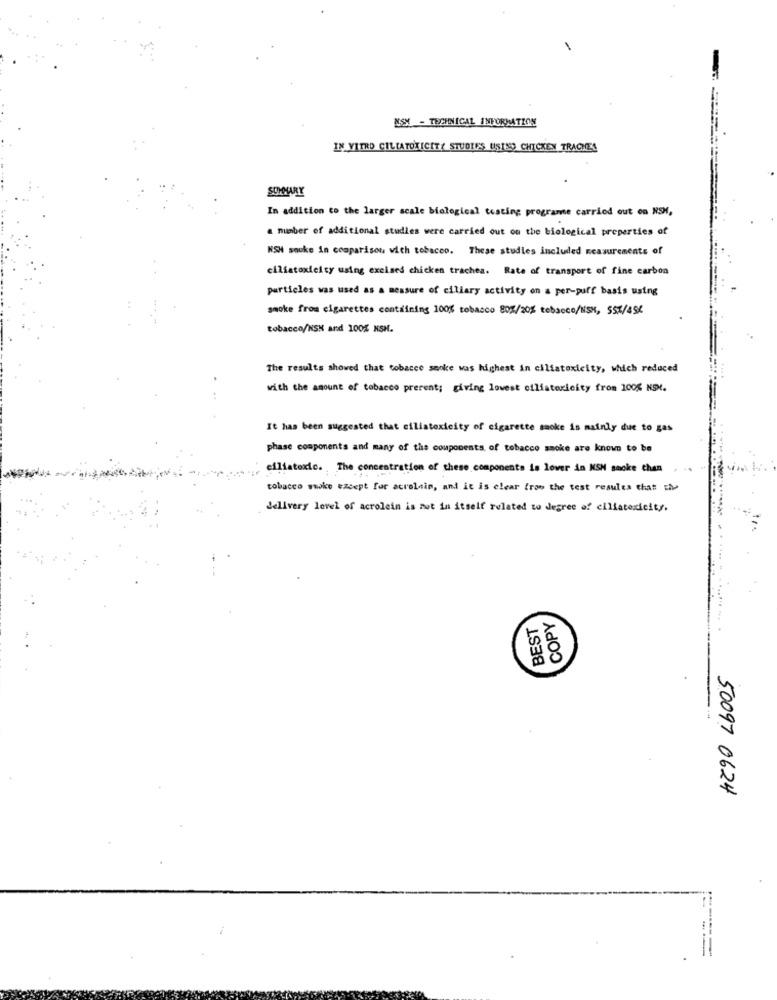
NSX - TECHNICAL INFORMATION
IN VITRO CILIATOXICITY STUDIES USINO CHICKEN TRACHE!
SUMMARY
In addition to the larger scale biological testing programe carried out on NSX,
a number of additional studies were carried out on the biological properties of
NSH souke in comparison with tobacco. These studies included measurements of
ciliatoxicity using excines chicken trachea. Rate of transport of fine carbon
particles was used as a measure of ciliary activity on a per-puff basis using
smoke from cigarettes containing 100% tobacco 802/20% tobacco/NSH, 55/45X
tobacco/NSX and 100% KSH.
The results showed that tobacco sooke was highest in ciliatoxicity, which reduced
with the amount of tobacco present; giving lowest ciliatoxicity from 100% NSX.
It has been suggested that ciliatoxicity of cigarette smoke is mainly due to gas
phase components and many of the components of tobacco smoke are known to be
ciliatoxic. The concentration of these components is lover in KSH smoke Chen
tobacco smoke except for acrolnin, and it is clear from the test results that che
delivery lovel of acrolein is nut in itself related to degree of ciliatoxicity.
BEST
COPY
50097 0624